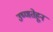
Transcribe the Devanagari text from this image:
उष्णतेहून